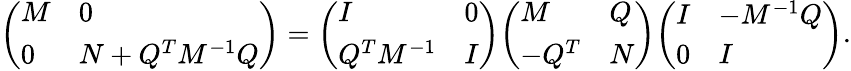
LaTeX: {\left(\begin{array}{ll}{M}&{0}\\ {0}&{N+Q^{T}M^{-1}Q}\end{array}\right)}={\left(\begin{array}{ll}{I}&{0}\\ {Q^{T}M^{-1}}&{I}\end{array}\right)}{\left(\begin{array}{ll}{M}&{Q}\\ {-Q^{T}}&{N}\end{array}\right)}{\left(\begin{array}{ll}{I}&{-M^{-1}Q}\\ {0}&{I}\end{array}\right)}.